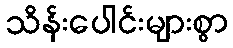
သိန်းပေါင်းများစွာ